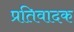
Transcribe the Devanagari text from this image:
प्रतिवादक